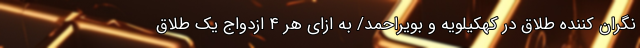
نگران کننده طلاق در کهکیلویه و بویراحمد/ به ازای هر ۴ ازدواج یک طلاق